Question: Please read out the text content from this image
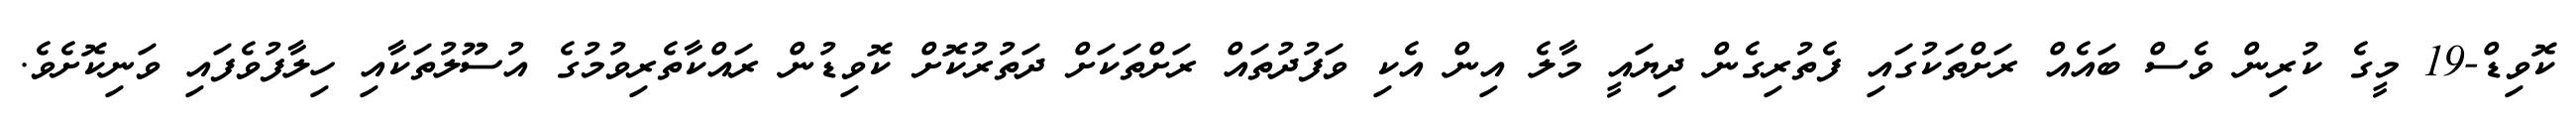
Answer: ކޮވިޑް-19 މީގެ ކުރިން ވެސް ބައެއް ރަށްތަކުގައި ފެތުރިގެން ދިޔައީ މާލެ އިން އެކި ވަފުދުތައް ރަށްތަކަށް ދަތުރުކޮށް ކޮވިޑުން ރައްކާތެރިވުމުގެ އުސޫލުތަކާއި ހިލާފުވެފައި ވަނިކޮށެވެ.